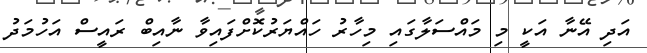
އަދި އޭނާ އަކީ މި މައްސަލާގައި މިހާރު ހައްޔަރުކޮށްފައިވާ ނާއިބް ރައީސް އަހުމަދު